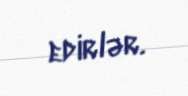
edirlər.